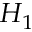
H _ { 1 }